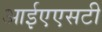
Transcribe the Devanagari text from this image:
आईएएसटी